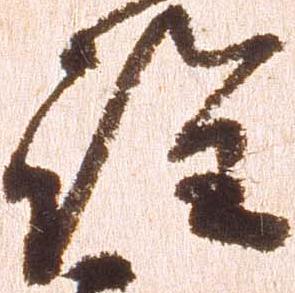
詮